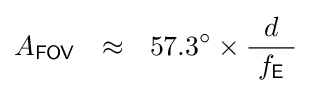
A_{\mathsf {FOV}}~~\approx ~~57.3^{\circ }\times {\frac {d}{\ f_{\mathsf {E}}\ }}~